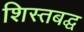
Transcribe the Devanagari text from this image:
शिस्तबद्घ